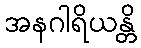
အနဂါရိယန္တိ